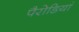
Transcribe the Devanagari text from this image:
पैरोडियां